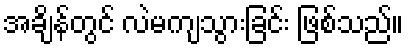
အချိန်တွင် လဲမကျသွားခြင်း ဖြစ်သည်။